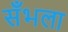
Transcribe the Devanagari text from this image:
सँभला